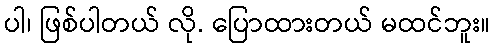
ပါ၊ ဖြစ်ပါတယ် လို. ပြောထားတယ် မထင်ဘူး။